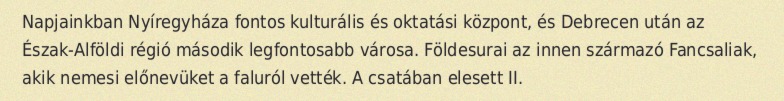
Napjainkban Nyíregyháza fontos kulturális és oktatási központ, és Debrecen után az Észak-Alföldi régió második legfontosabb városa. Földesurai az innen származó Fancsaliak, akik nemesi előnevüket a faluról vették. A csatában elesett II.